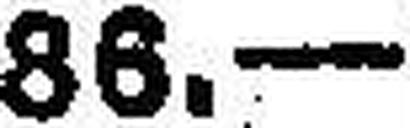
88.—